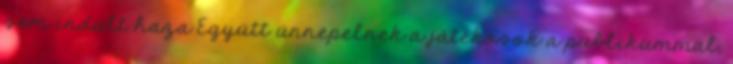
sem indult haza Együtt ünnepelnek a játékosok a publikummal,